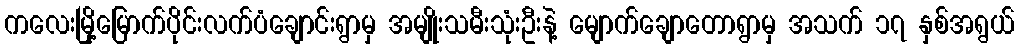
ကလေးမြို့မြောက်ပိုင်းလက်ပံချောင်းရွာမှ အမျိုးသမီးသုံးဦးနဲ့ မျောက်ချောတောရွာမှ အသက် ၁၇ နှစ်အရွယ်